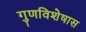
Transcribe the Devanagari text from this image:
गुणविशेषास